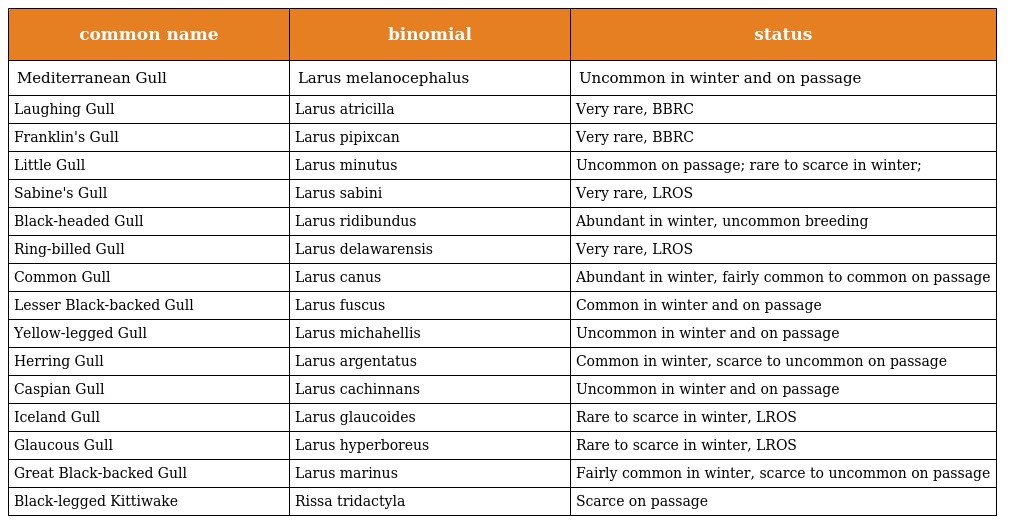
| common name | binomial | status |
 | --- | --- | --- |
 | Mediterranean Gull | Larus melanocephalus | Uncommon in winter and on passage |
 | Laughing Gull | Larus atricilla | Very rare, BBRC |
 | Franklin's Gull | Larus pipixcan | Very rare, BBRC |
 | Little Gull | Larus minutus | Uncommon on passage; rare to scarce in winter; |
 | Sabine's Gull | Larus sabini | Very rare, LROS |
 | Black-headed Gull | Larus ridibundus | Abundant in winter, uncommon breeding |
 | Ring-billed Gull | Larus delawarensis | Very rare, LROS |
 | Common Gull | Larus canus | Abundant in winter, fairly common to common on passage |
 | Lesser Black-backed Gull | Larus fuscus | Common in winter and on passage |
 | Yellow-legged Gull | Larus michahellis | Uncommon in winter and on passage |
 | Herring Gull | Larus argentatus | Common in winter, scarce to uncommon on passage |
 | Caspian Gull | Larus cachinnans | Uncommon in winter and on passage |
 | Iceland Gull | Larus glaucoides | Rare to scarce in winter, LROS |
 | Glaucous Gull | Larus hyperboreus | Rare to scarce in winter, LROS |
 | Great Black-backed Gull | Larus marinus | Fairly common in winter, scarce to uncommon on passage |
 | Black-legged Kittiwake | Rissa tridactyla | Scarce on passage |